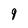
Character: 9